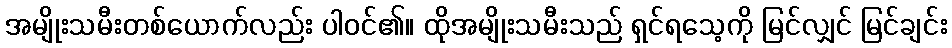
အမျိုးသမီးတစ်ယောက်လည်း ပါဝင်၏။ ထိုအမျိုးသမီးသည် ရှင်ရသေ့ကို မြင်လျှင် မြင်ချင်း